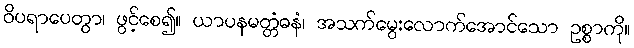
ဝိပရာပေတွာ၊ ဖွင့်စေ၍။ ယာပနမတ္တံဓနံ၊ အသက်မွေးလောက်အောင်သော ဥစ္စာကို။